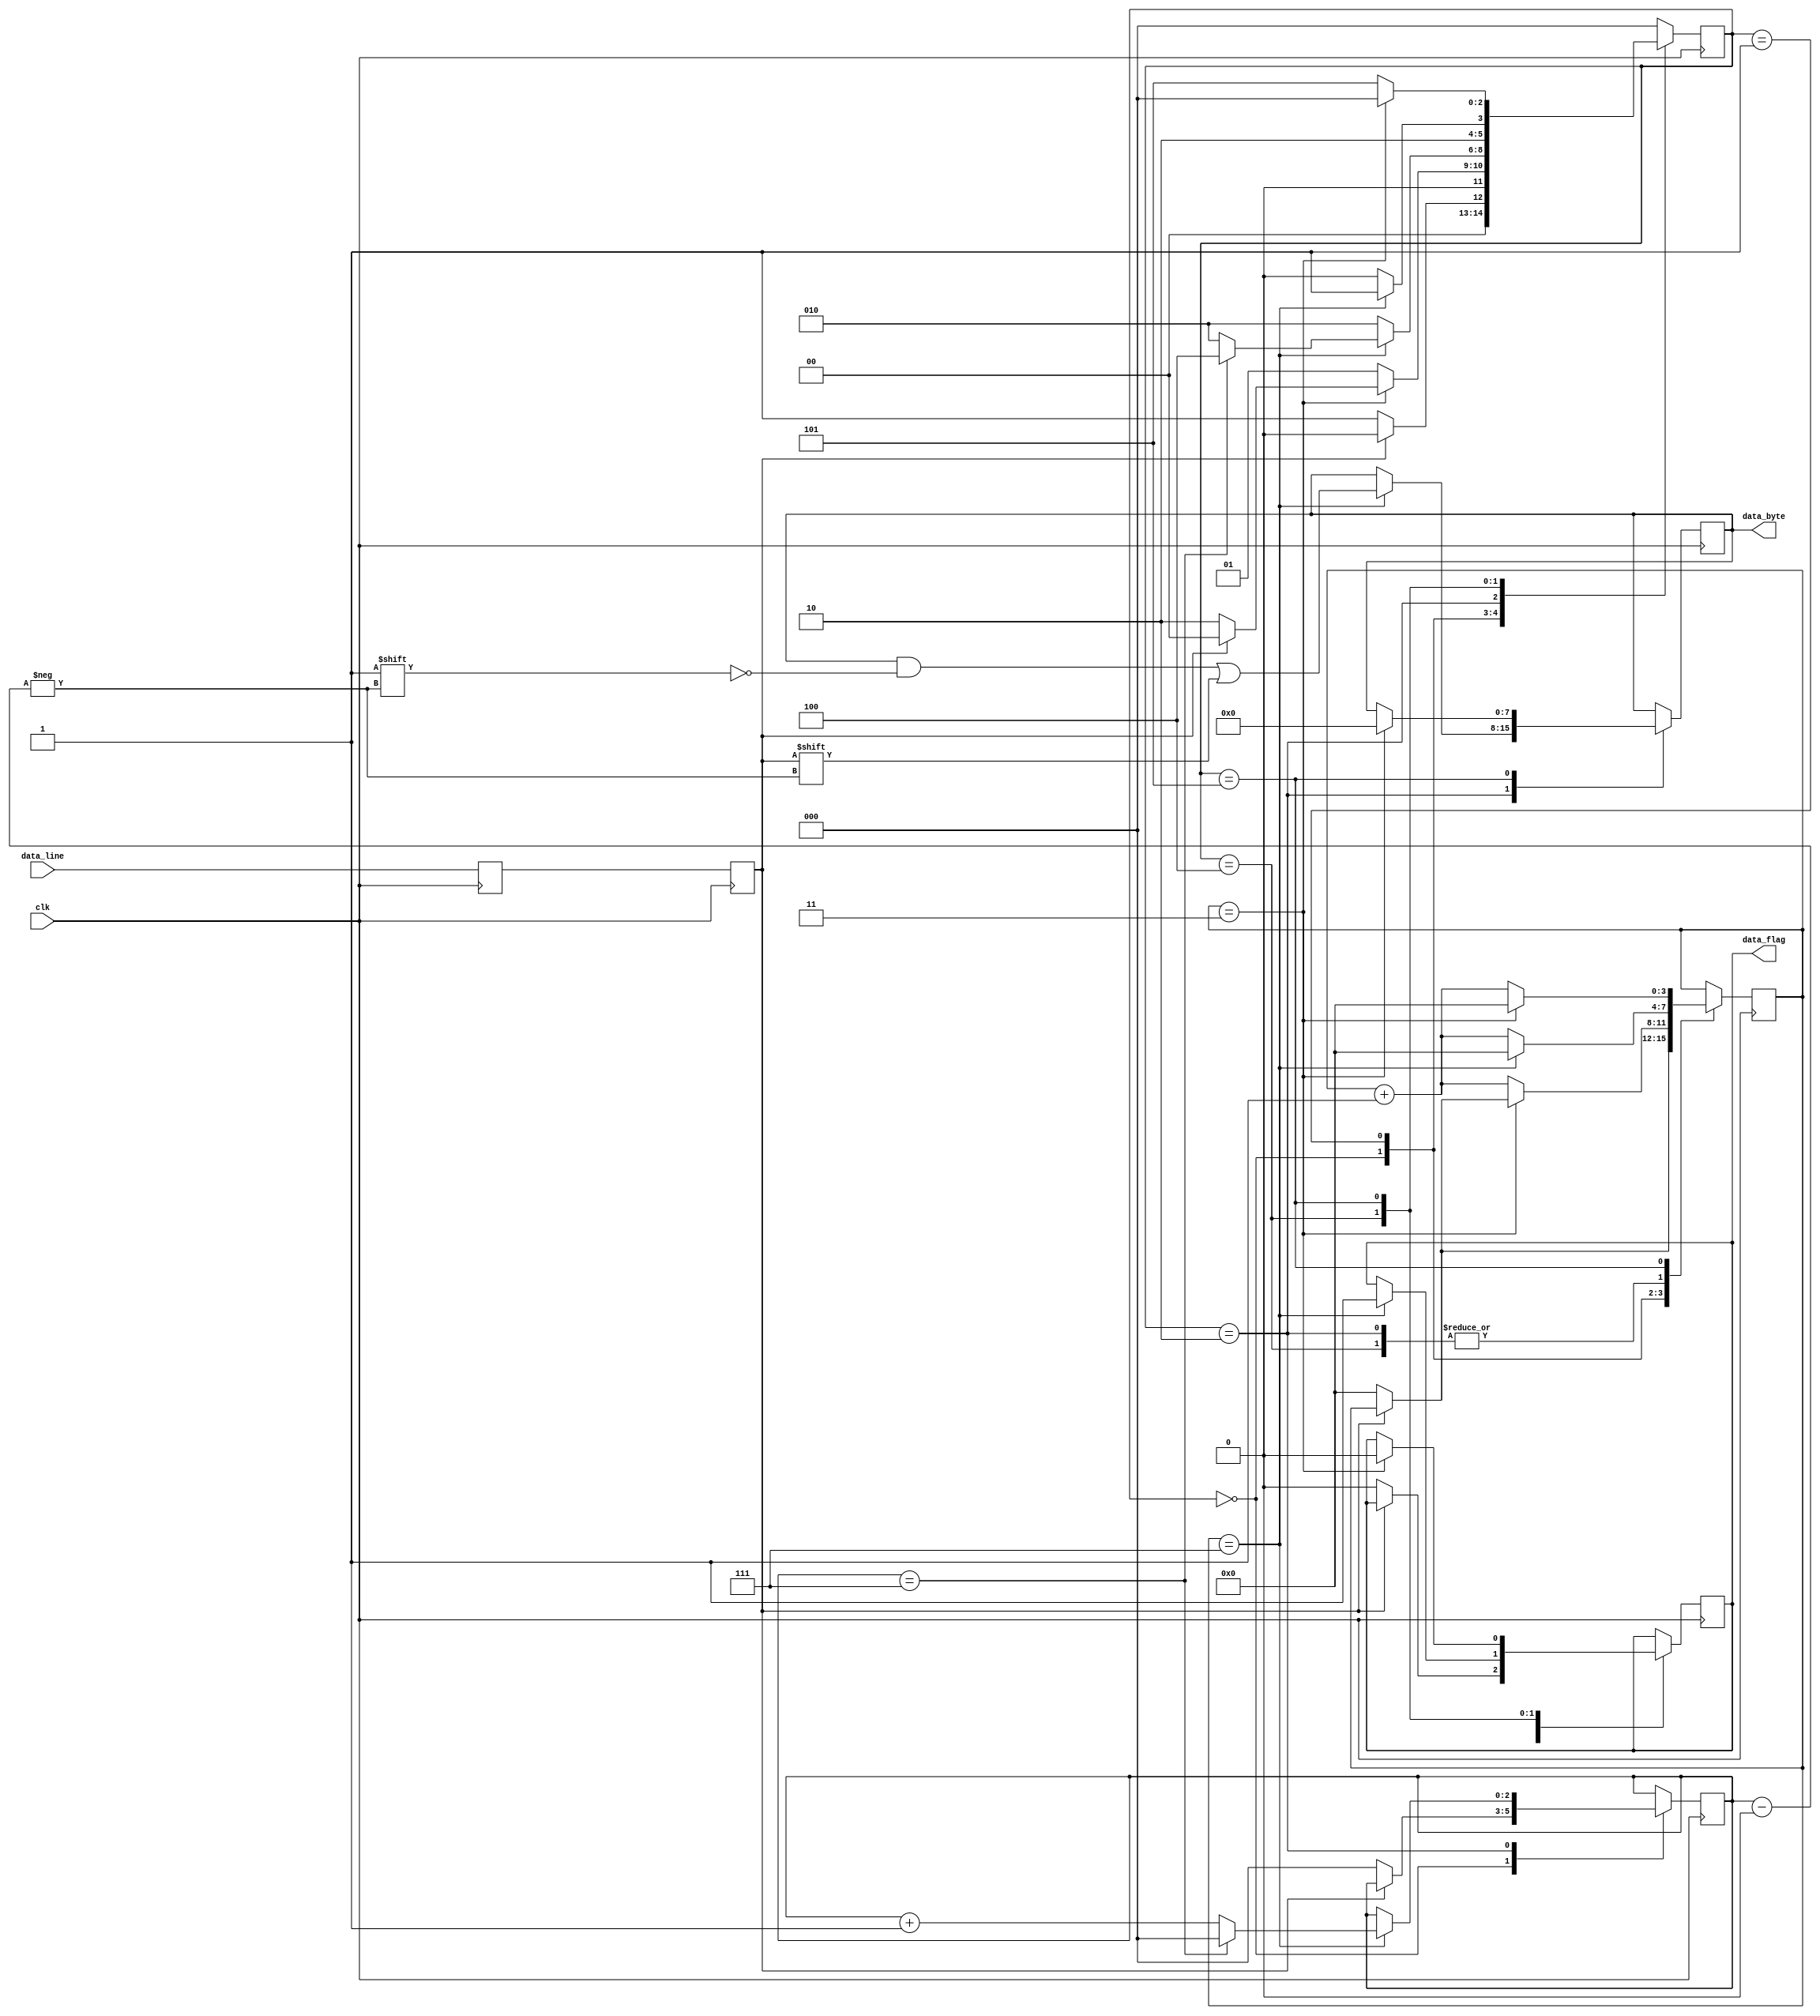
`timescale 1ns / 1ps
module uart_rx_module(input clk,
	input data_line,
	output data_flag,
	output [7:0]data_byte
    );

parameter CLKS_PER_BIT = 3'b111;
parameter S_IDLE = 3'b000;
parameter S_START = 3'b001;
parameter S_DATA = 3'b010;
parameter S_PARITY = 3'b011;
parameter S_STOP = 3'b100;
parameter S_CLEANUP = 3'b101;

reg [2:0]current_state = 3'b000;
reg current_data;
reg current_data_temp;
reg [3:0]clk_counter = 4'b0000;
reg [2:0]bit_index = 3'b000;
reg [7:0]data = 8'b00000000;
reg flag = 1'b0;

always@(posedge clk)
begin
	current_data_temp <= data_line;
	current_data <= current_data_temp;
end

always@(posedge clk)
begin
	case(current_state)
		S_IDLE:
			begin
				if(current_data == 0)
				begin
					current_state <= S_START;
					clk_counter <= 0;
					bit_index <= 0;
					flag <= 0;
				end
				else
					current_state <= S_IDLE;
			end
		
		S_START:
			begin
				if (clk_counter == (CLKS_PER_BIT>>1))
				begin
					if (current_data == 0)
					begin
						current_state <= S_DATA;
						clk_counter <= 0;
					end
					else
						current_state <= S_IDLE;
				end
				else
				begin
					clk_counter <= clk_counter + 1;
					current_state <= S_START;
				end
			end
		
		S_DATA:
			begin
				if (clk_counter == CLKS_PER_BIT)
				begin
					clk_counter <= 0;
					data[bit_index] <= current_data;
					if (bit_index == 7)
					begin
						current_state <= S_STOP;
						bit_index <= 0;
					end
					else
					begin
						bit_index <= bit_index + 1;
						current_state <= S_DATA;
					end
				end
				else
				begin
					clk_counter <= clk_counter + 1;
					current_state <= S_DATA;
				end
			end
		
		S_STOP:
			begin
				if (clk_counter == CLKS_PER_BIT)
				begin
					clk_counter <= 0;
					flag <= 1;
					current_state <= S_CLEANUP;
				end
				else
				begin
					clk_counter <= clk_counter + 1;
					current_state <= S_STOP;
				end
			end
			
		S_CLEANUP:
			begin
				if (clk_counter == (CLKS_PER_BIT>>1))
				begin
					clk_counter <= 0;
					current_state <= S_IDLE;
					data <= 8'b00000000;
					flag <= 0;
				end
				else
				begin
					clk_counter <= clk_counter + 1;
					current_state <= S_CLEANUP;
				end
			end
			
		default:
			begin
				current_state <= S_IDLE;
			end
	endcase
end

assign data_byte = data;
assign data_flag = flag;

endmodule